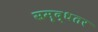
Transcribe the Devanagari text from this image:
समृद्धतर